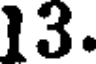
13.